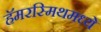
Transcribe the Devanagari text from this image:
हॅमरस्मिथमध्ये